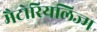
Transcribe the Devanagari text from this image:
मैटोरियलिज्म